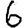
Digit: 6